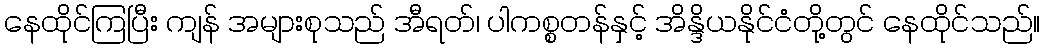
နေထိုင်ကြပြီး ကျန် အများစုသည် အီရတ်၊ ပါကစ္စတန်နှင့် အိန္ဒိယနိုင်ငံတို့တွင် နေထိုင်သည်။